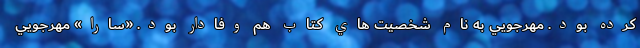
کرده بود. مهرجويي به نام شخصيت هاي کتاب هم وفادار بود. «سارا» مهرجويي